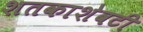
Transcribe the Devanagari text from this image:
शतकाशेवटी